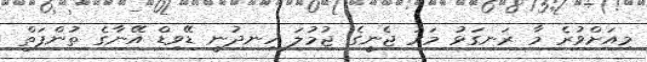
މިއަށްވުރެ މާ ރަނގަޅު މަރު ޖެނީގެ ޖުމުލަ ހިނދުނީ ޑޭވިޑް އޭނާގެ ތުންފަތް